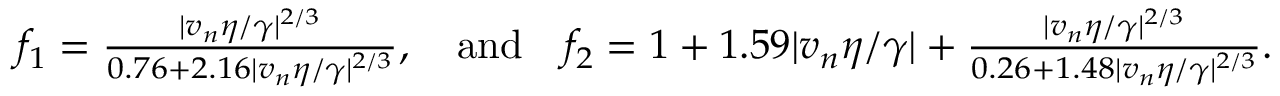
\begin{array} { r } { f _ { 1 } = \frac { | v _ { n } \eta / \gamma | ^ { 2 / 3 } } { 0 . 7 6 + 2 . 1 6 | v _ { n } \eta / \gamma | ^ { 2 / 3 } } , \quad \mathrm { a n d } \quad f _ { 2 } = 1 + 1 . 5 9 | v _ { n } \eta / \gamma | + \frac { | v _ { n } \eta / \gamma | ^ { 2 / 3 } } { 0 . 2 6 + 1 . 4 8 | v _ { n } \eta / \gamma | ^ { 2 / 3 } } . } \end{array}